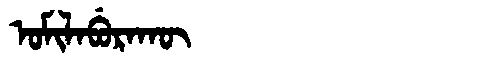
Manchu: ᠣᠮᡳᠯᠠᠪᡠᡵᠠᡴᡡ
Romanization: OMILABURAKŪ